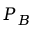
P _ { B }